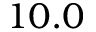
1 0 . 0